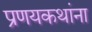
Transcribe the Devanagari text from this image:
प्रणयकथांना